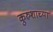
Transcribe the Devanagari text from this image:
कुरुशाच्या